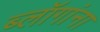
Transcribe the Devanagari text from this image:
ब्लॉगांना